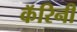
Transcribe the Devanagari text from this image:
कॅरिनी